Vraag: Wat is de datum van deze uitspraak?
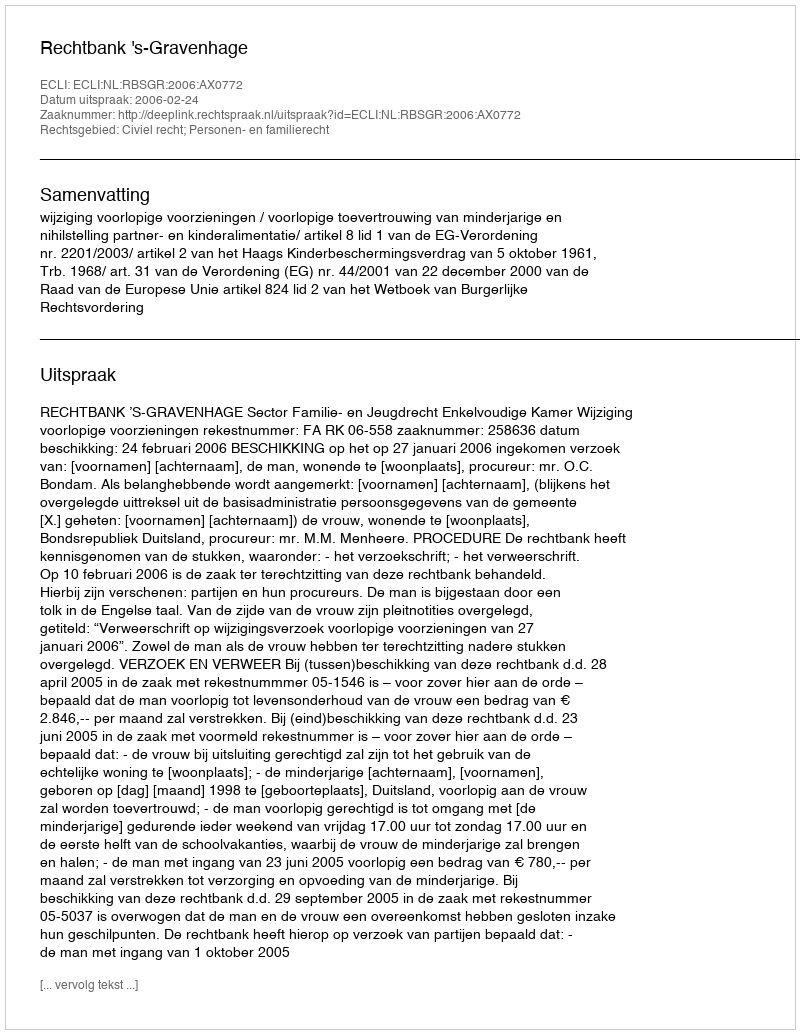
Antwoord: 2006-02-24